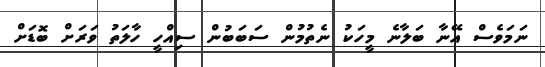
ނަމަވެސް އޭނާ ބަލާނެ މީހަކު ނެތުމުން ސަބަބުން ސިއްހީ ހާލަތު ވަރަށް ބޮޑަށް